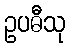
ဥပဓီသု